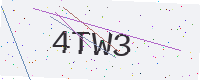
Text: 4TW3